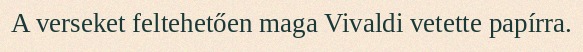
A verseket feltehetően maga Vivaldi vetette papírra.